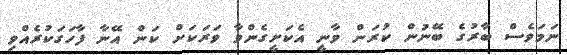
ނަމަވެސް ބާރުގެ ބޭނުން ކުރަން ވާނީ އެކަށީގެންވާ ވަރަކަށް ކަން އޭނާ ފާހަގަކުރެއްވި